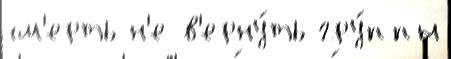
см'ерть н'е в'ерну́ть гру́ппы